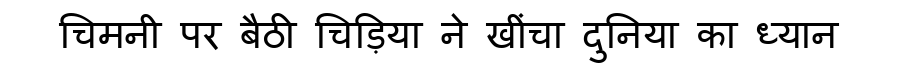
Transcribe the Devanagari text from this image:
चिमनी पर बैठी चिड़िया ने खींचा दुनिया का ध्यान